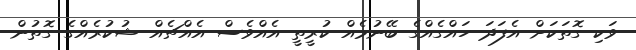
ވަކި ގޮތަކަށް އެފަދަ ހައްގެއްގެ ބޭނުމެއް ކުރީތީ އެއްވެސް އެއްޗެއް ޝުކުރެއްގެ ގޮތުން